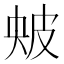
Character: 㿮